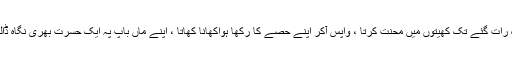
وہ رات گئے تک کھیتوں میں محنت کرتا ، واپس آکر اپنے حصے کا رکھا ہواکھانا کھاتا ، اپنے ماں باپ پہ ایک حسرت بھری نگاہ ڈالتا۔